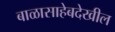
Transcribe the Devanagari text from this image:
बाळासाहेबदेखील